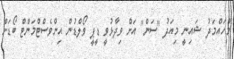
މުހައްމަދު ޝައިނީ މިއަދު "ސަން" އަށް ވިދާޅުވީ ޑީޕީ ވޯލްޑުން އިންވެސްޓްމަންޓް ބޯޑަށް